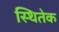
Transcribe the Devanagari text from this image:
स्थितेक